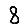
Digit: 8